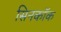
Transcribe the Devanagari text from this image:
सिनकॉक